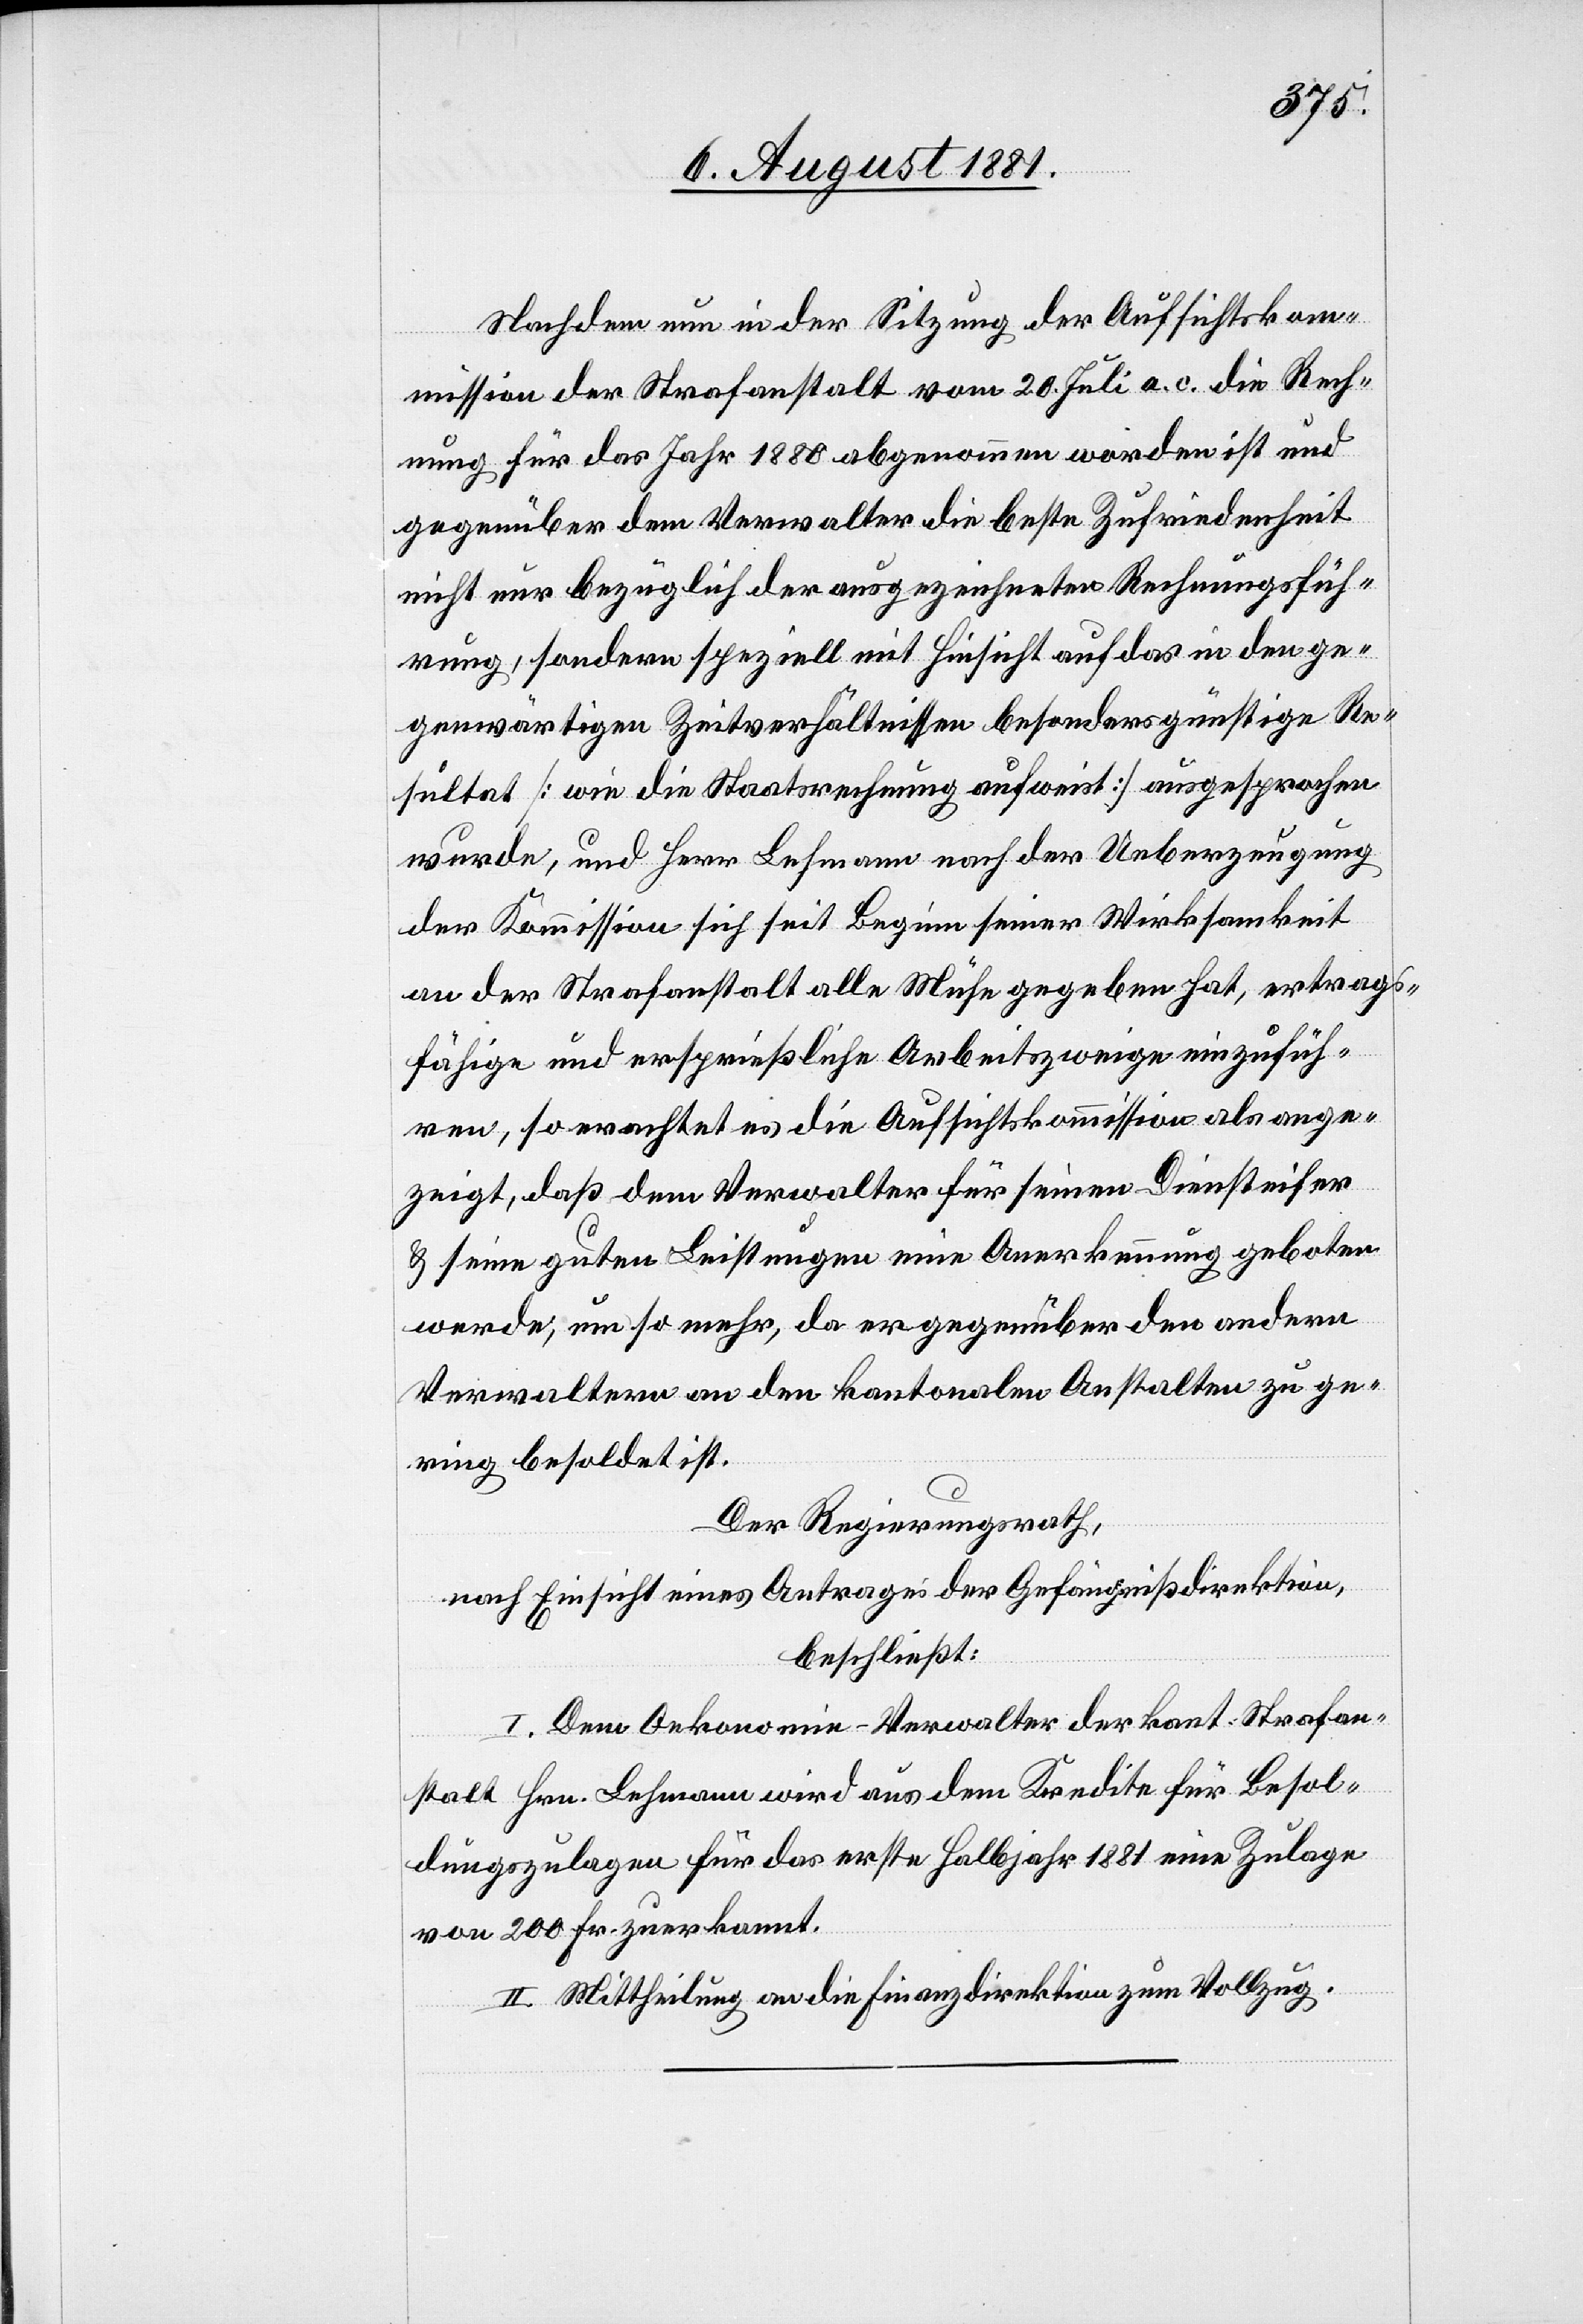
Nachdem nun in der Sitzung der Aufsichtskom¬
mission der Strafanstalt vom 20. Juli a. c. die Rech¬
nung für das Jahr 1880 abgenommen worden ist und
gegenüber dem Verwalter die beste Zufriedenheit
nicht nur bezüglich der ausgezeichneten Rechnungsfüh¬
rung, sondern speziell mit Hinsicht auf das in den ge¬
genwärtigen Zeitverhältnissen besonders günstige Re¬
sultat [wie die Staatsrechnung aufweist] ausgesprochen
wurde, und Herr Lehmann nach der Ueberzeugung
der Kommission sich seit Beginn seiner Wirksamkeit
an der Strafanstalt alle Mühe gegeben hat, ertrag¬
fähige und ersprießliche Arbeitszweige einzufüh¬
ren, so erachtet es die Aufsichtskommission als ange¬
zeigt, daß dem Verwalter für seinen Diensteifer
& seine guten Leistungen eine Anerkennung geboten
werde, um so mehr, da er gegenüber den andern
Verwaltern an den kantonalen Anstalten zu ge¬
ring besoldet ist.
Der Regierungsrath,
nach Einsicht eines Antrages der Gefängnißdirektion,
beschließt:
I. Dem Oekonomie-Verwalter der kant. Strafan¬
stalt Hrn. Lehmann wird aus dem Kredite für Besol¬
dungszulagen für das erste Halbjahr 1881 eine Zulage
von 200 Fr. zuerkannt.
II. Mittheilung an die Finanzdirektion zum Vollzug.